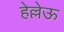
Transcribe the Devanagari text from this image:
हेल्लेऊ